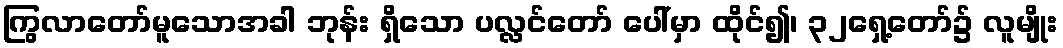
ကြွလာတော်မူသောအခါ ဘုန်း ရှိသော ပလ္လင်တော် ပေါ်မှာ ထိုင်၍၊ ၃၂ရှေ့တော်၌ လူမျိုး